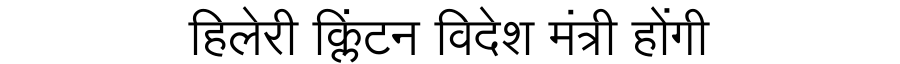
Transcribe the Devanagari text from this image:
हिलेरी क्लिंटन विदेश मंत्री होंगी